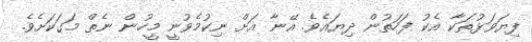
ފިޔަވަޅުތަކާ އެކު ފަހަތުން ދިޔައެވެ. އޭނާ އަށް ނިކުމެވުނީ މީހުން ނެތް މަގަކަށެވެ.